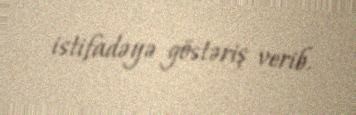
istifadəyə göstəriş verib.